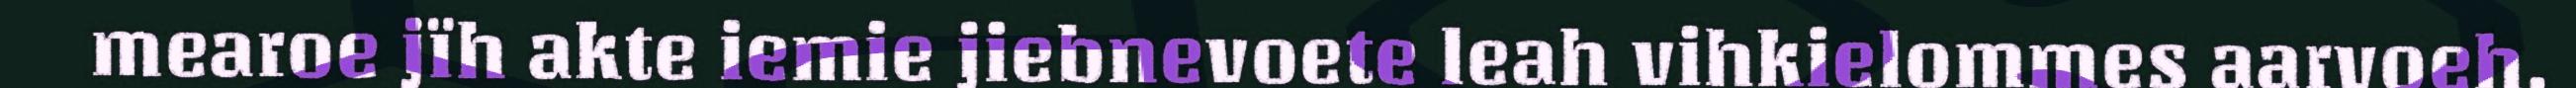
mearoe jïh akte iemie jiebnevoete leah vihkielommes aarvoeh.